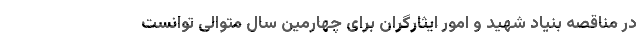
در مناقصه بنیاد شهید و امور ایثارگران برای چهارمین سال متوالی توانست